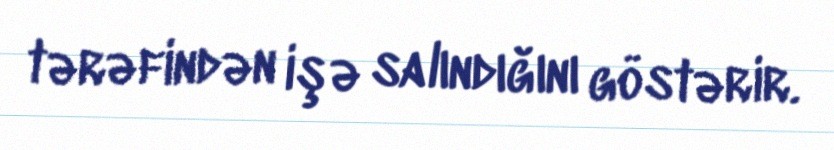
tərəfindən işə salındığını göstərir.